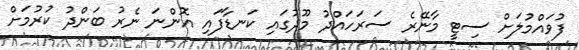
ފުވައްމުލަށް ސިޓީ މާނޭރެ ސަރަހައްދު މޫދުގައި ކަނޑާފައި އޮންނަ ނެރު ބަންދު ކުރުމަށް